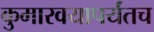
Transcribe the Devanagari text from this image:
कुमारवयापर्यंतच